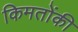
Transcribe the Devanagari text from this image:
किमतोंकी